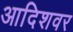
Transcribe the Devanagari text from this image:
आदिशवर